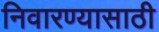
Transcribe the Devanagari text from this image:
निवारण्यासाठी